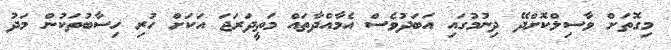
މިގޮތަށް ވާސިލްކޮށްދޭ ދިނުމުގައި އަބަދުވެސް އެމާއްދާތައް މަތީދަރަޖަ އަކަށް ހުރި ހިސާބުތަކުން މަދު